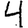
Digit: 4